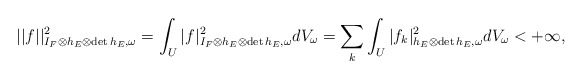
\begin{align*} ||f||^2_{I_F\otimes h_E\otimes\mathrm{det}\,h_E,\omega}=\int_U|f|^2_{I_F\otimes h_E\otimes\mathrm{det}\,h_E,\omega} dV_\omega=\sum_k \int_U|f_k|^2_{h_E\otimes\mathrm{det}\,h_E,\omega} dV_\omega<+\infty, \end{align*}